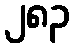
၂၈၃